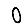
Digit: 0